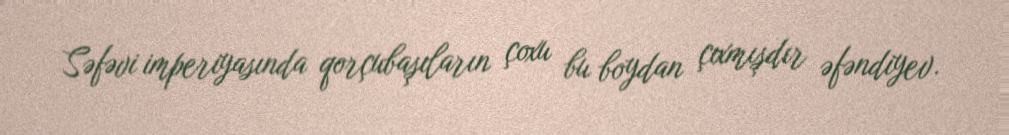
Səfəvi imperiyasında qorçubaşıların çoxu bu boydan çıxmışdır əfəndiyev.